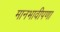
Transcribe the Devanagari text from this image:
मानभावीपणा